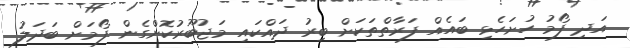
އަދި ފޯމު ހުށަހެޅި ބައެއް ފަރާތްތަކަށް ބިރު ދައްކައި މަޖުބޫރުކޮށްގެން ފޯމަށް ބަދަލު